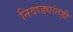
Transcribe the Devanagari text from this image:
निवाड्यांतही